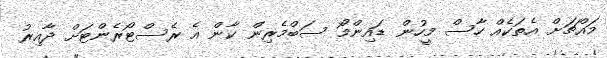
މައްޗަށް އެތަކެއް ހާސް މީހުން ޑައިންމޯ ސަބްމެރިން ކާން އެ ރެސްޓޯރެންޓަށް ދާއިރު